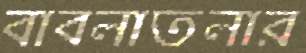
বাবলাতলার